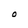
Character: O